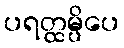
ပရတ္ထမ္ပိပေ